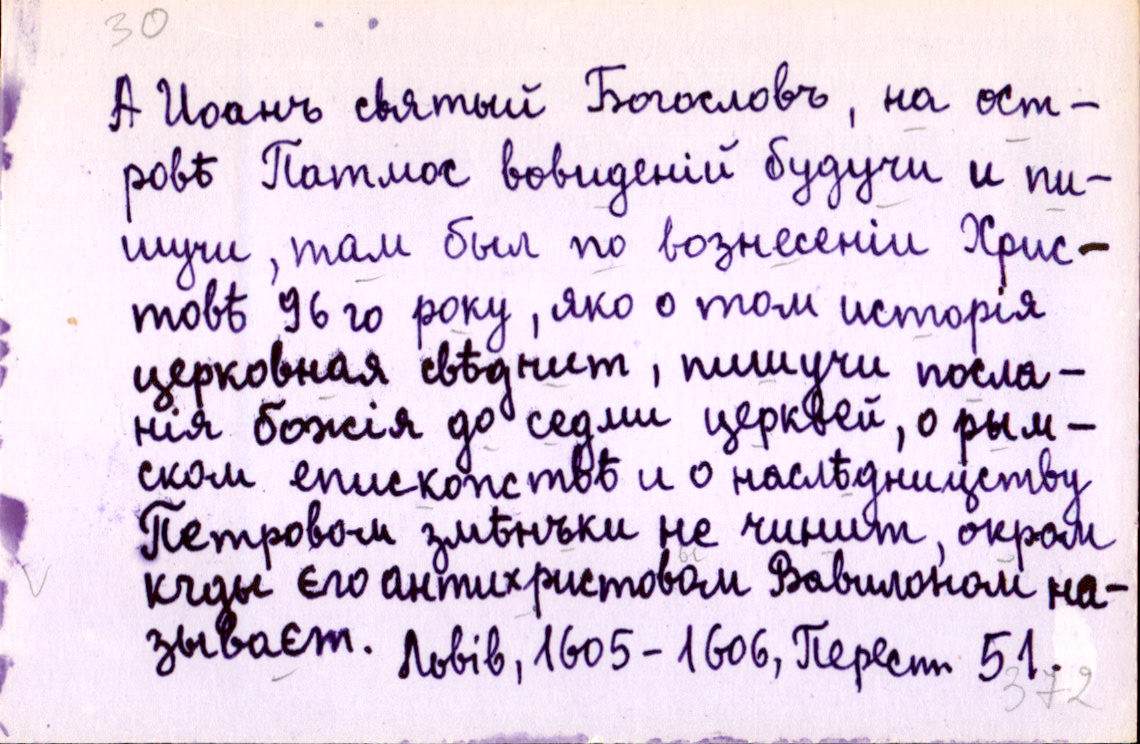
А Иоанъ святый Богословъ, на ост-
ровѣ Патмос вовиденій будучи и пи-
шучи, там был по вознесеніи Хрис-
товѣ 96 го року, яко о том исторія
церковная свѣдчит, пишучи посла-
нія божія до седми церквей, о рым-
ском епископствѣ и о наслѣдницству
Петровом змѣнъки не чинит, окром
кгды єго антихристовом Вавилоном на-
зываєт.
Львів, 1605-1606, Перест 51.